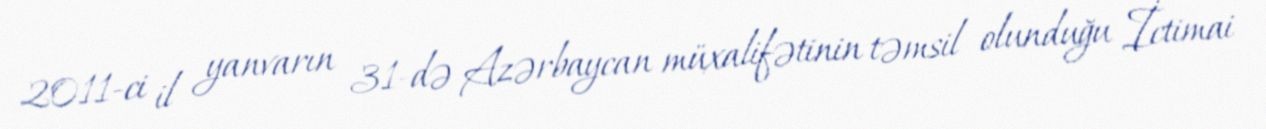
2011-ci il yanvarın 31-də Azərbaycan müxalifətinin təmsil olunduğu İctimai